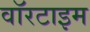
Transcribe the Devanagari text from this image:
वॉरटाइम